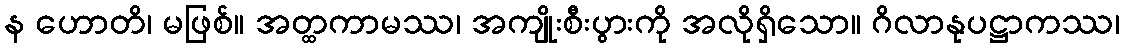
န ဟောတိ၊ မဖြစ်။ အတ္ထကာမဿ၊ အကျိုးစီးပွားကို အလိုရှိသော။ ဂိလာနုပဋ္ဌာကဿ၊